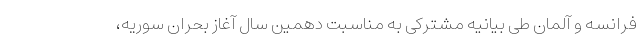
فرانسه و آلمان طی بیانیه مشترکی به مناسبت دهمین سال آغاز بحران سوریه،